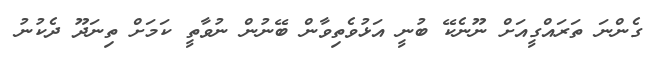
ގެންނަ ތަރައްގީއަށް ނޫނެކޭ ބުނީ އަޅުވެތިވާން ބޭނުން ނުވާތީ ކަމަށް ތިނަދޫ ދެކުނު